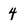
Character: 4